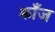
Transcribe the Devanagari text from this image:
क्राँज